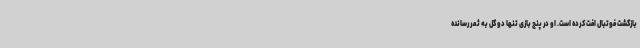
بازگشت فوتبال افت کرده است. او در پنج بازی تنها دو گل به ثمر رسانده